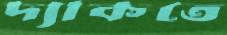
দ্যাকতে